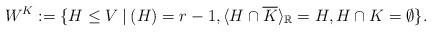
LaTeX: \begin{align*}W^K:= \lbrace H \leq V \: | \: (H)= r-1, \langle H \cap \overline{K} \rangle_{\mathbb{R}}=H, H \cap K = \emptyset \rbrace.\end{align*}